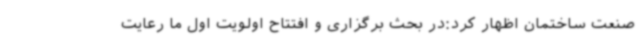
صنعت ساختمان اظهار کرد:در بحث برگزاری و افتتاح اولویت اول ما رعایت